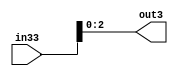
module lsb_extractor(in33, out3);
	input [32:0] in33;
	output [2:0] out3;
	
	assign out3[0] = in33[0];
	assign out3[1] = in33[1];
	assign out3[2] = in33[2];
	
endmodule